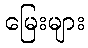
မြေးများ